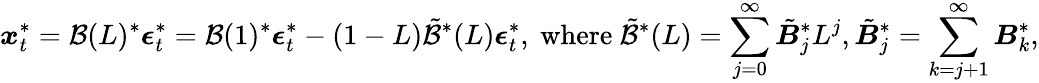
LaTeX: \boldsymbol{x}_{t}^{*}=\mathcal{B}(L)^{*}\boldsymbol{\epsilon}_{t}^{*}=\mathcal{B}(1)^{*}\boldsymbol{\epsilon}_{t}^{*}-(1-L)\tilde{\mathcal{B}}^{*}(L)\boldsymbol{\epsilon}_{t}^{*},\mathrm{~where~}\tilde{\mathcal{B}}^{*}(L)=\sum_{j=0}^{\infty}\tilde{\boldsymbol{B}}_{j}^{*}L^{j},\tilde{\boldsymbol{B}}_{j}^{*}=\sum_{k=j+1}^{\infty}\boldsymbol{B}_{k}^{*},